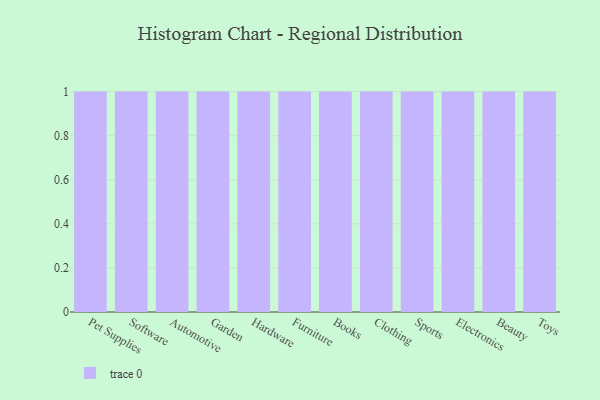
{"axis": {"x": "Category", "y": "Churn Rate (%)"}, "legend": [""], "data": [{"x": "Pet Supplies", "y": 38, "type": ""}, {"x": "Software", "y": 32, "type": ""}, {"x": "Automotive", "y": 55, "type": ""}, {"x": "Garden", "y": 36, "type": ""}, {"x": "Hardware", "y": 73, "type": ""}, {"x": "Furniture", "y": 56, "type": ""}, {"x": "Books", "y": 17, "type": ""}, {"x": "Clothing", "y": 94, "type": ""}, {"x": "Sports", "y": 55, "type": ""}, {"x": "Electronics", "y": 6, "type": ""}, {"x": "Beauty", "y": 85, "type": ""}, {"x": "Toys", "y": 93, "type": ""}]}